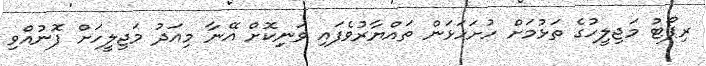
ރިޕޯޓު މަޖިލީހުގެ ތަޅުމަށް ހުށަހަަޅަން ތައްޔާރުވެފައި ވަނިިކޮށް އޭނާ މިއަދު މަޖިލީހަށް ފޮނުއްވި